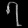
Digit: ၇